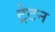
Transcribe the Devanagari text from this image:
ट्रेटन